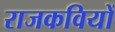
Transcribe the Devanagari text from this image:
राजकवियों